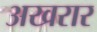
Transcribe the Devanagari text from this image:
अखरार